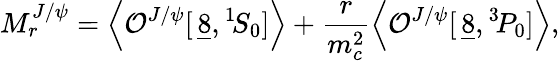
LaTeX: M_{r}^{J/\psi}=\left\langle{\cal O}^{J/\psi}[\, \underline{{{8}}},{}^{1}\! S_{0}]\right\rangle+\frac{r}{m_{c}^{2}}\left\langle{\cal O}^{J/\psi}[\, \underline{{{8}}},{}^{3}\! P_{0}]\right\rangle,